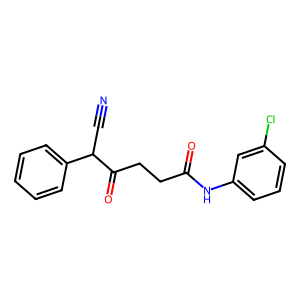
SMILES: N#CC(C(=O)CCC(=O)Nc1cccc(Cl)c1)c1ccccc1
Inhibits HIV replication: No